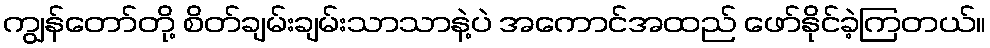
ကျွန်တော်တို့ စိတ်ချမ်းချမ်းသာသာနဲ့ပဲ အကောင်အထည် ဖော်နိုင်ခဲ့ကြတယ်။